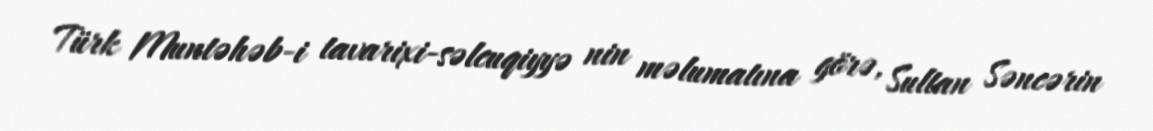
Türk Muntəhəb-i tavarixi-səlcuqiyyə nin məlumatına görə, Sultan Səncərin